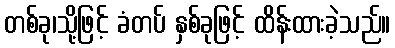
တစ်ခု၊သို့ဖြင့် ခံတပ် နှစ်ခုဖြင့် ထိန်းထားခဲ့သည်။